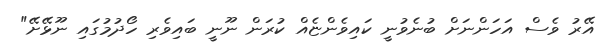
އޭރު ވެސް އަހަންނަށް ބުނެވުނީ ކައިވެންޏެއް ކުރަން ނޫނީ ބައިވެރި ހޯދުމުގައި ނޫޅޭށޭ"